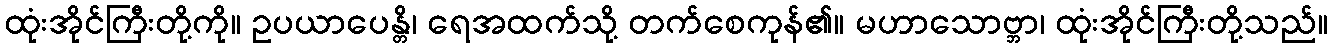
ထုံးအိုင်ကြီးတို့ကို။ ဥပယာပေန္တိ၊ ရေအထက်သို့ တက်စေကုန်၏။ မဟာသောဗ္ဘာ၊ ထုံးအိုင်ကြီးတို့သည်။